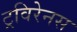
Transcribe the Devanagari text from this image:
ट्रविरेनस